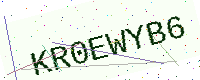
Text: KR0EWYB6